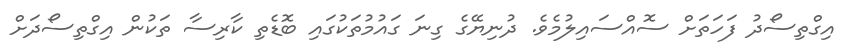
އިގްތިސޯދު ފަހަތަށް ސޮއްސައިލުމެވެ. ދުނިޔޭގެ ގިނަ ގައުމުތަކުގައި ބޮޑެތި ކާރިސާ ތަކުން އިގްތިސޯދަށް